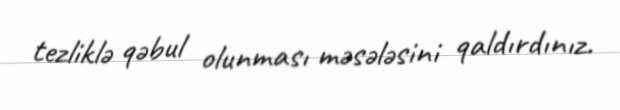
tezliklə qəbul olunması məsələsini qaldırdınız.